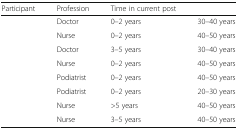
<table><thead><tr><td><b>Participant</b></td><td><b>Profession</b></td><td><b>Time in current post</b></td><td>[EMPTY_CELL]</td></tr></thead><tbody><tr><td>[EMPTY_CELL]</td><td>Doctor</td><td>0–2 years</td><td>30–40 years</td></tr><tr><td>[EMPTY_CELL]</td><td>Nurse</td><td>0–2 years</td><td>40–50 years</td></tr><tr><td>[EMPTY_CELL]</td><td>Doctor</td><td>3–5 years</td><td>30–40 years</td></tr><tr><td>[EMPTY_CELL]</td><td>Nurse</td><td>0–2 years</td><td>40–50 years</td></tr><tr><td>[EMPTY_CELL]</td><td>Podiatrist</td><td>0–2 years</td><td>40–50 years</td></tr><tr><td>[EMPTY_CELL]</td><td>Podiatrist</td><td>0–2 years</td><td>20–30 years</td></tr><tr><td>[EMPTY_CELL]</td><td>Nurse</td><td>&gt;5 years</td><td>40–50 years</td></tr><tr><td>[EMPTY_CELL]</td><td>Nurse</td><td>3–5 years</td><td>40–50 years</td></tr></tbody></table>